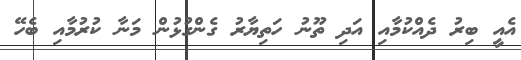
އެއީ ބިރު ދެއްކުމާއި އަދި ތޫނު ހަތިޔާރު ގެންގުޅުން މަނާ ކުރުމާއި ބެހޭ